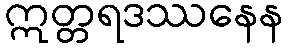
ဣတ္တရဒဿနေန